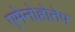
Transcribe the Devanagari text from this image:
एमेनोहोतेप